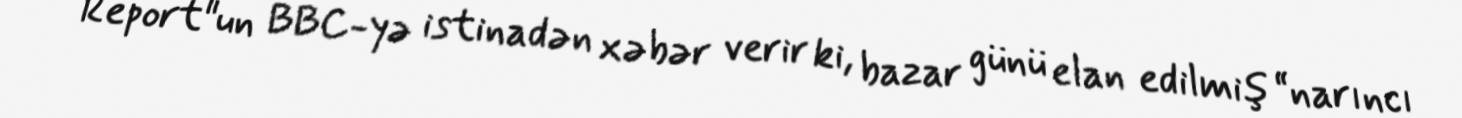
Report"un BBC-yə istinadən xəbər verir ki, bazar günü elan edilmiş “narıncı